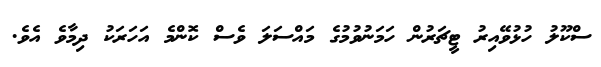
ސްކޫލު ހުޅުވޭއިރު ޓީޗަރުން ހަމަނުވުމުގެ މައްސަލަ ވެސް ކޮންމެ އަހަރަކު ދިމާވެ އެވެ.